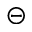
\circleddash